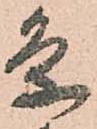
条